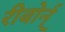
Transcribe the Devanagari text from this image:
रीबोर्न्